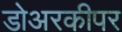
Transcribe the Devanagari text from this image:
डोअरकीपर